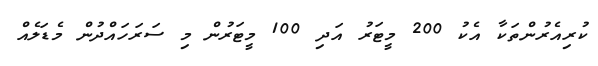
ކުރިއެރުންތަކާ އެކު 200 މީޓަރު އަދި 100 މީޓަރުން މި ސަރަހައްދުން މެޑަލެއް